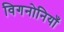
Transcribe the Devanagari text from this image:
विगनोनियाँ